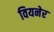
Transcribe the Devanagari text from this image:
वियनेर